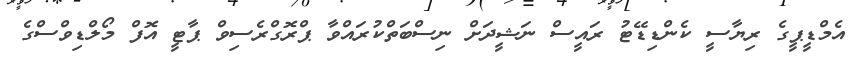
އެމްޑީޕީގެ ރިޔާސީ ކެންޑިޑޭޓު ރައީސް ނަޝީދަށް ނިސްބަތްކުރައްވާ ޕްރޮގްރެސިވް ޕާޓީ އޮފް މޯލްޑިވްސްގެ